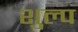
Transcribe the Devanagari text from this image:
शुल्प